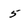
Character: 5